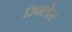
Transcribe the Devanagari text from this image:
रिपलेस